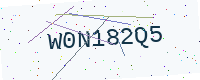
Text: W0N182Q5